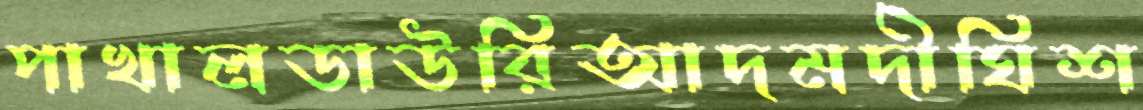
পাখালডাউরিআদমদীঘিশ